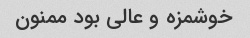
خوشمزه و عالی بود ممنون